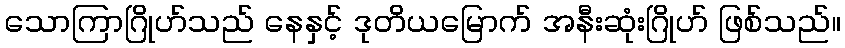
သောကြာဂြိုဟ်သည် နေနှင့် ဒုတိယမြောက် အနီးဆုံးဂြိုဟ် ဖြစ်သည်။